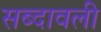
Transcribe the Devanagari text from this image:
सब्दावली